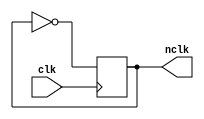
module div2clk(clk,nclk);
   input clk;
   output reg nclk=1'b0;
   always @(posedge clk) nclk=!nclk;
endmodule